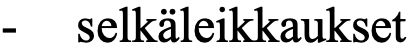
-  selkäleikkaukset